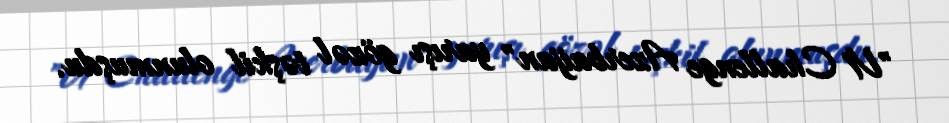
"V1 Challenge Azerbaijan" yarışı gözəl təşkil olunmuşdu.